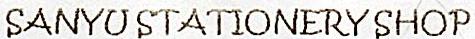
SANYU STATIONERY SHOP